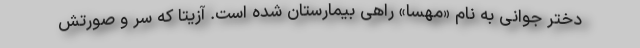
دختر جوانی به نام «مهسا» راهی بیمارستان شده‌ است. آزیتا که سر و صورتش